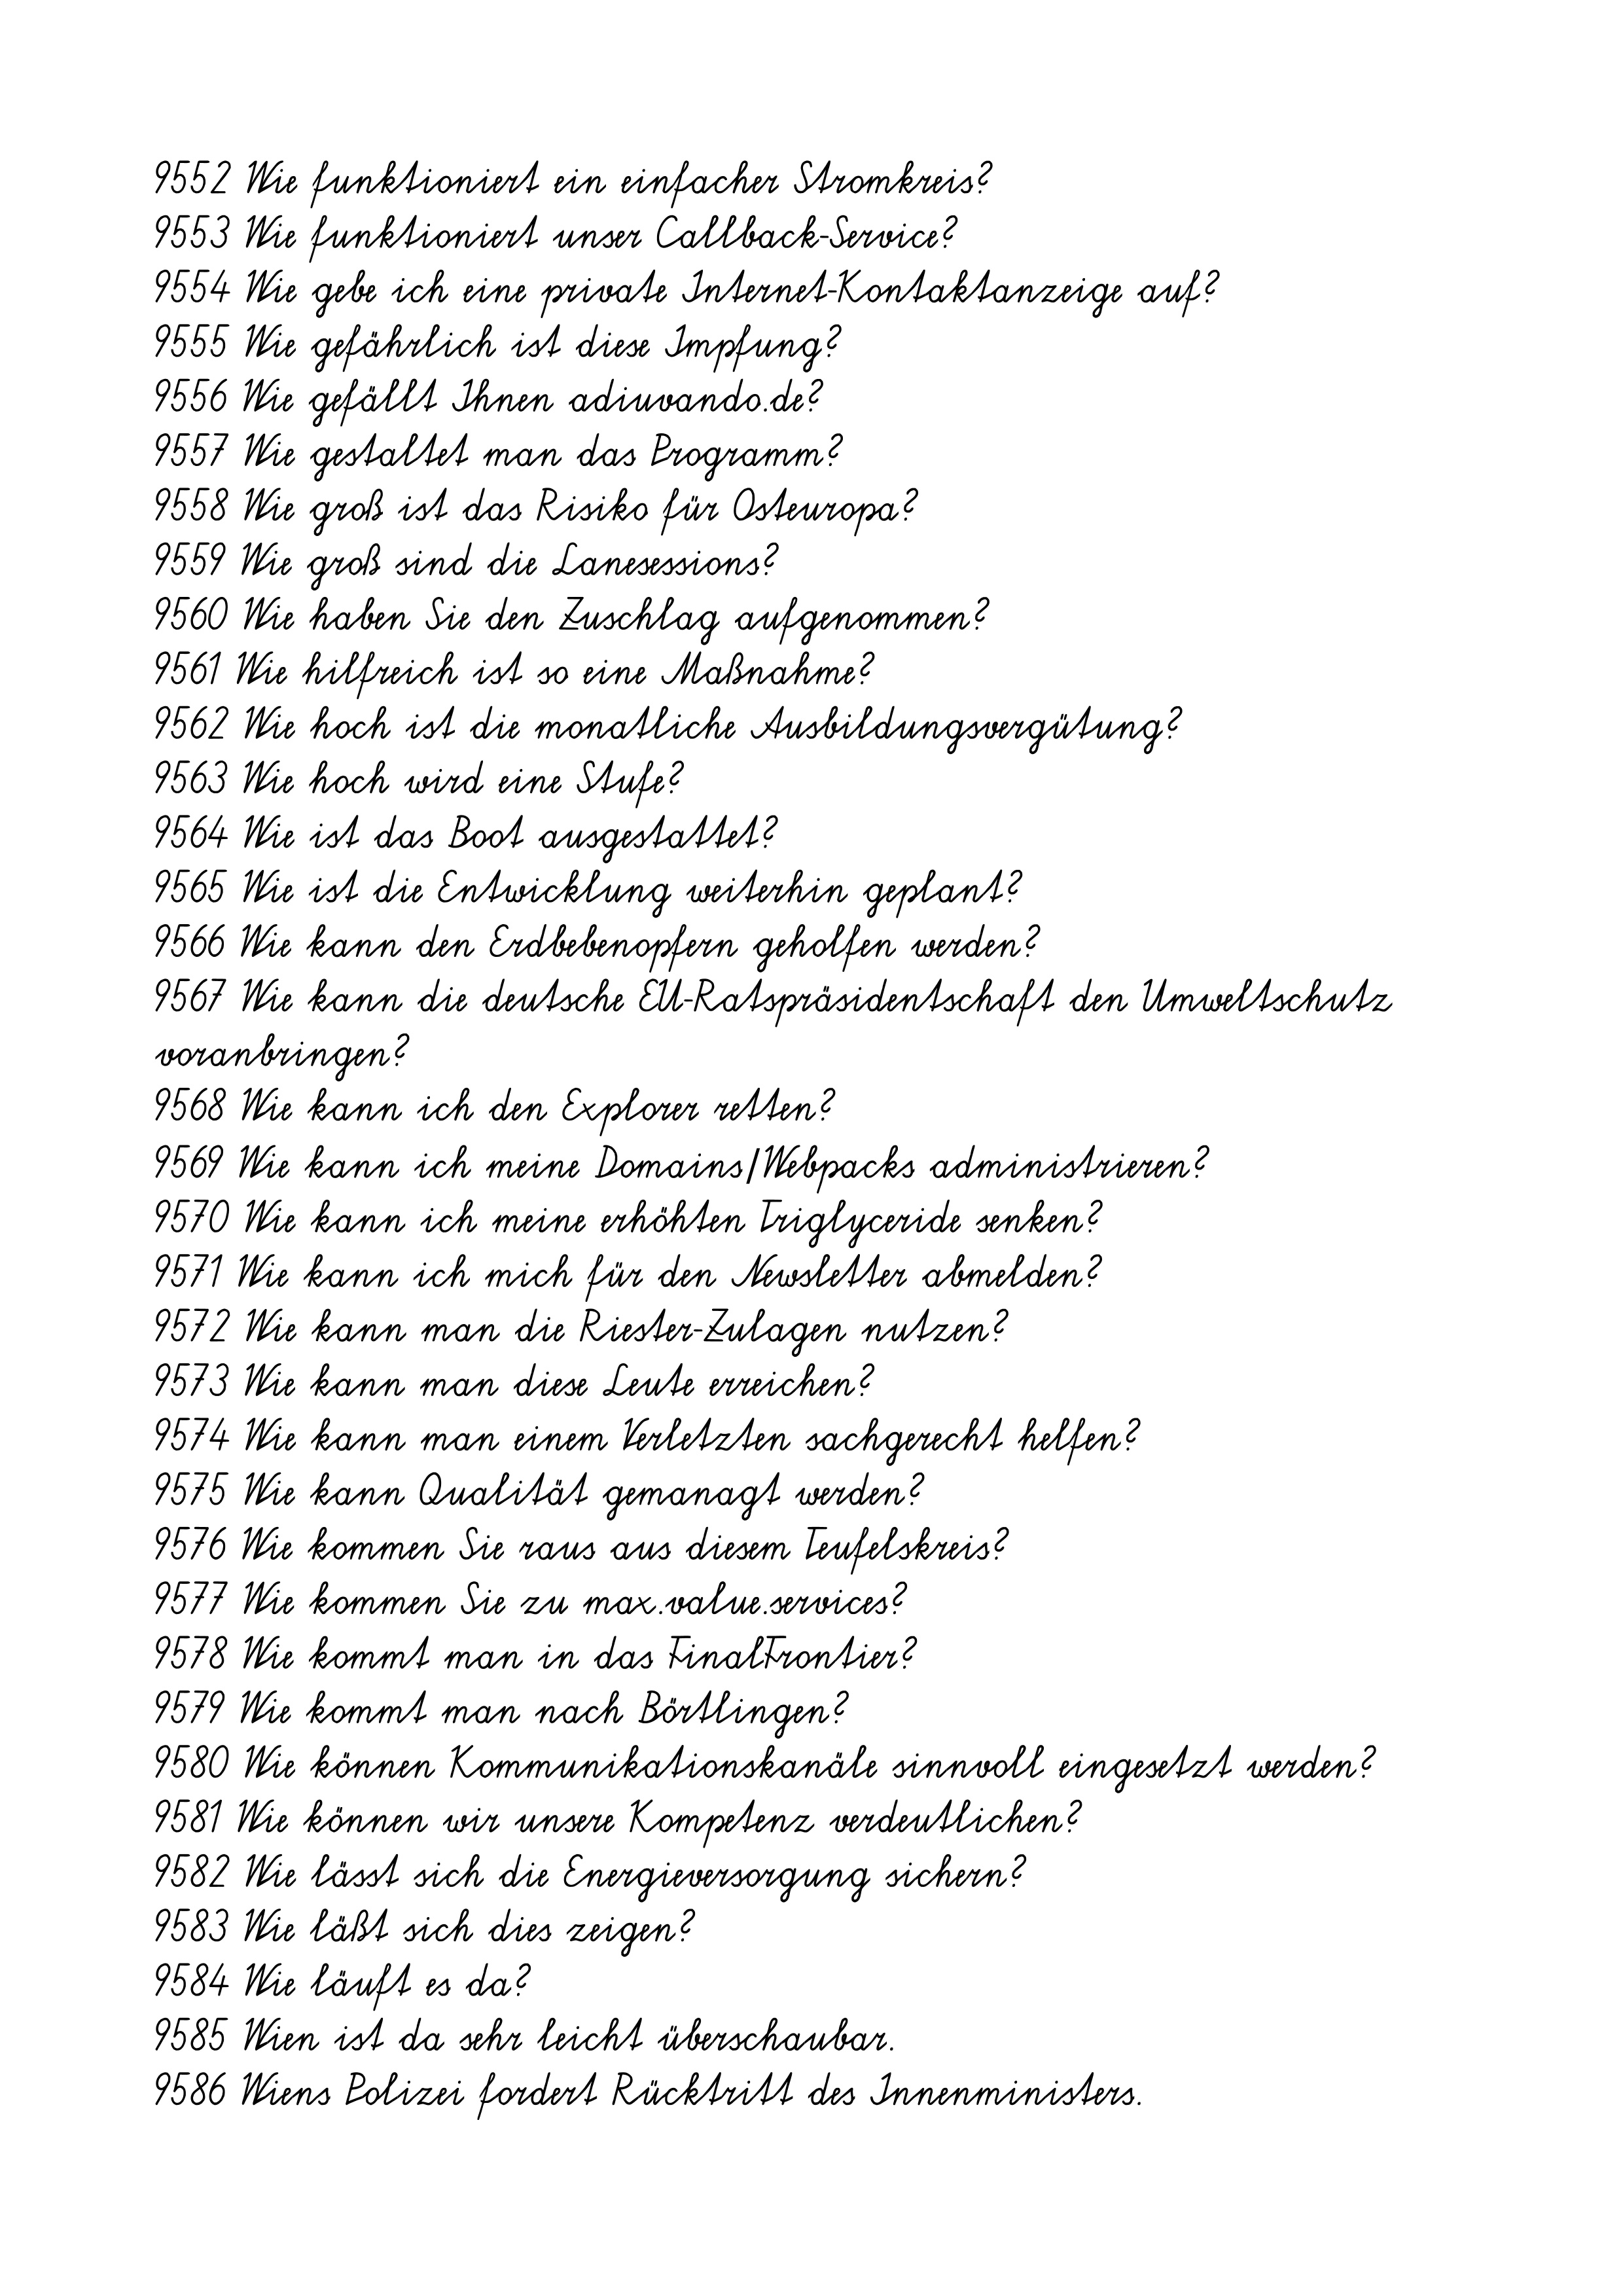
9552 Wie funktioniert ein einfacher Stromkreis?
9553 Wie funktioniert unser Callback-Service?
9554 Wie gebe ich eine private Internet-Kontaktanzeige auf?
9555 Wie gefährlich ist diese Impfung?
9556 Wie gefällt Ihnen adiuvando.de?
9557 Wie gestaltet man das Programm?
9558 Wie groß ist das Risiko für Osteuropa?
9559 Wie groß sind die Lanesessions?
9560 Wie haben Sie den Zuschlag aufgenommen?
9561 Wie hilfreich ist so eine Maßnahme?
9562 Wie hoch ist die monatliche Ausbildungsvergütung?
9563 Wie hoch wird eine Stufe?
9564 Wie ist das Boot ausgestattet?
9565 Wie ist die Entwicklung weiterhin geplant?
9566 Wie kann den Erdbebenopfern geholfen werden?
9567 Wie kann die deutsche EU-Ratspräsidentschaft den Umweltschutz
voranbringen?
9568 Wie kann ich den Explorer retten?
9569 Wie kann ich meine Domains/Webpacks administrieren?
9570 Wie kann ich meine erhöhten Triglyceride senken?
9571 Wie kann ich mich für den Newsletter abmelden?
9572 Wie kann man die Riester-Zulagen nutzen?
9573 Wie kann man diese Leute erreichen?
9574 Wie kann man einem Verletzten sachgerecht helfen?
9575 Wie kann Qualität gemanagt werden?
9576 Wie kommen Sie raus aus diesem Teufelskreis?
9577 Wie kommen Sie zu max.value.services?
9578 Wie kommt man in das FinalFrontier?
9579 Wie kommt man nach Börtlingen?
9580 Wie können Kommunikationskanäle sinnvoll eingesetzt werden?
9581 Wie können wir unsere Kompetenz verdeutlichen?
9582 Wie lässt sich die Energieversorgung sichern?
9583 Wie läßt sich dies zeigen?
9584 Wie läuft es da?
9585 Wien ist da sehr leicht überschaubar.
9586 Wiens Polizei fordert Rücktritt des Innenministers.